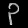
Digit: ၃